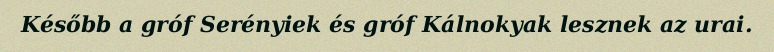
Később a gróf Serényiek és gróf Kálnokyak lesznek az urai.